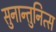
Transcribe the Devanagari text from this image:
सुनान्तुनित्स